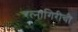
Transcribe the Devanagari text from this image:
रत्‍नागिरीची